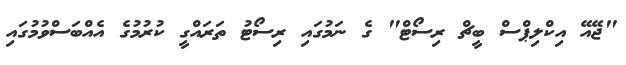
"ޖޭއޭ އިކްލިޕްސް ބީޗް ރިސޯޓް" ގެ ނަމުގައި ރިސޯޓު ތަރައްގީ ކުރުމުގެ އެއްބަސްވުމުގައި